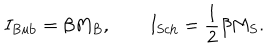
LaTeX: I _ { \mathrm { B u b } } = \beta M _ { B } , \qquad I _ { \mathrm { S c h } } = { \frac { 1 } { 2 } } \beta M _ { S } .